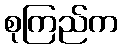
စုကြည်က